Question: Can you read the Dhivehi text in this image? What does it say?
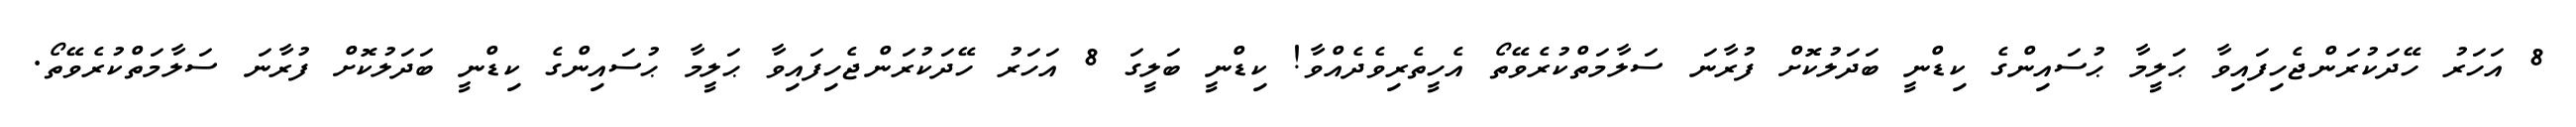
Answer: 8 އަހަރު ހޭދަކުރަންޖެހިފައިވާ ޙަލީމާ ޙުސައިންގެ ކިޑްނީ ބަދަލުކޮށް ފުރާނަ ސަލާމަތްކުރެވޭތޯ އެހީތެރިވެދެއްވާ! ކިޑްނީ ބަލީގަ 8 އަހަރު ހޭދަކުރަންޖެހިފައިވާ ޙަލީމާ ޙުސައިންގެ ކިޑްނީ ބަދަލުކޮށް ފުރާނަ ސަލާމަތްކުރެވޭތޯ.